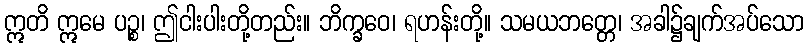
ဣတိ ဣမေ ပဉ္စ၊ ဤငါးပါးတို့တည်း။ ဘိက္ခဝေ၊ ရဟန်းတို့။ သမယဘတ္တေ၊ အခါ၌ချက်အပ်သော